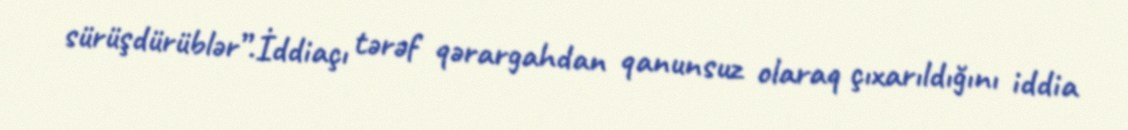
sürüşdürüblər”.İddiaçı tərəf qərargahdan qanunsuz olaraq çıxarıldığını iddia